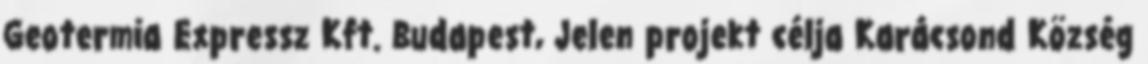
Geotermia Expressz Kft. Budapest, Jelen projekt célja Karácsond Község